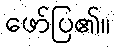
ဖော်ပြ၏။